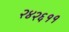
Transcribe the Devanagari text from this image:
२४२६११